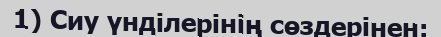
1) Сиу үнділерінің сөздерінен: